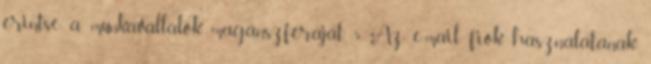
érintse a munkavállalók magánszféráját. 5 Az e-mail fiók használatának